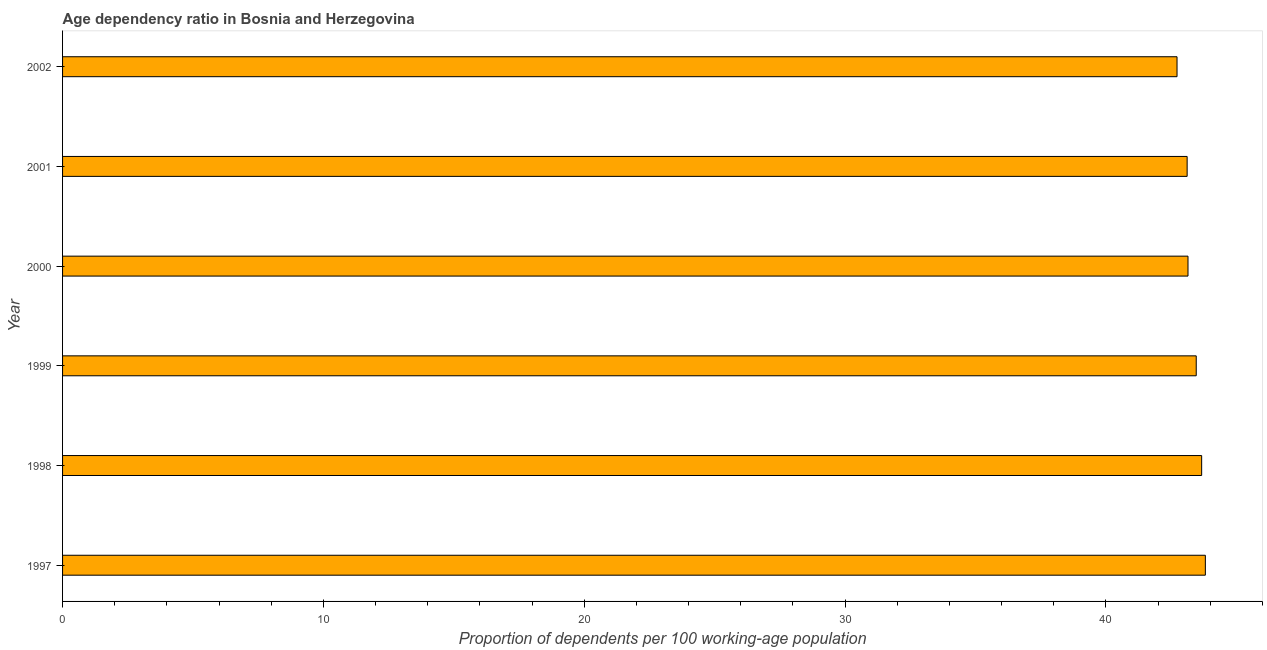
| Year | Age dependency ratio (% of working-age population) |
 | --- | --- |
 | 1997 | 43.8 |
 | 1998 | 43.7 |
 | 1999 | 43.5 |
 | 2000 | 43.1 |
 | 2001 | 43.1 |
 | 2002 | 42.7 |